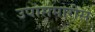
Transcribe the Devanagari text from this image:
उपासमारीस